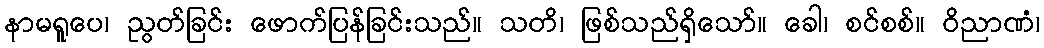
နာမရူပေ၊ ညွတ်ခြင်း ဖောက်ပြန်ခြင်းသည်။ သတိ၊ ဖြစ်သည်ရှိသော်။ ခေါ၊ စင်စစ်။ ဝိညာဏံ၊